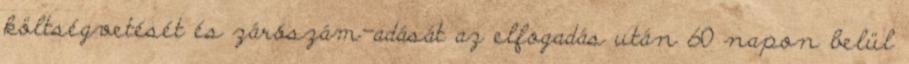
költségvetését és zárószám-adását az elfogadás után 60 napon belül